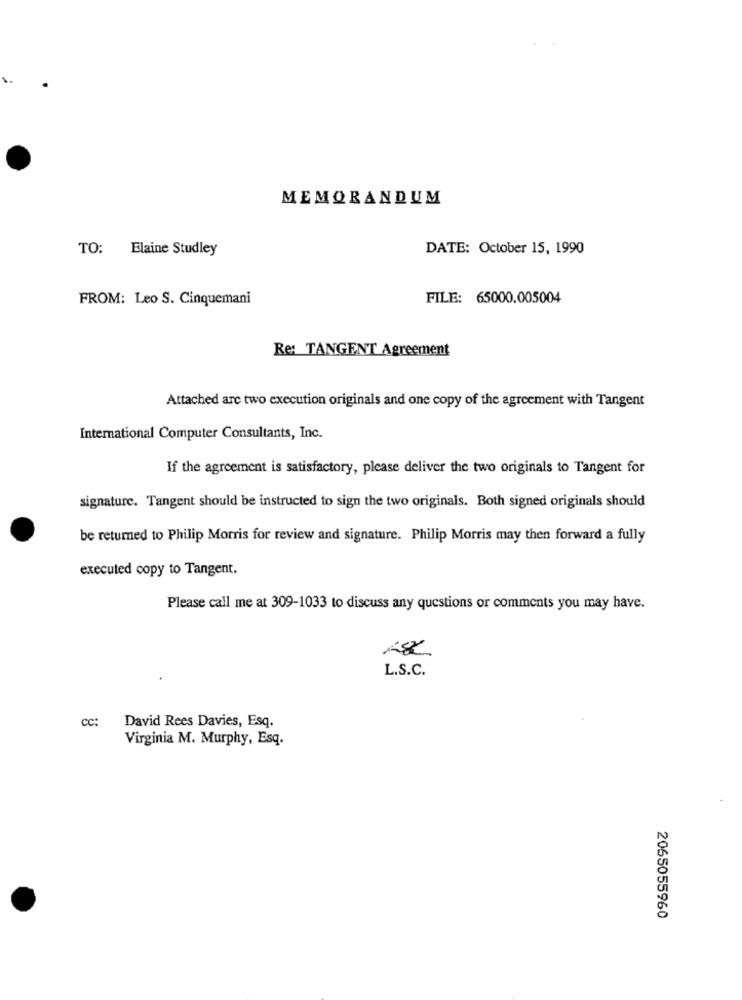
MEMORANDUM
TO: Elaine Studley
DATE: October 15, 1990
FROM: Leo S. Cinquemani
FILE: 65000.005004
Re: TANGENT Agreement
Attached arc two execution originals and one copy of the agreement with Tangent
International Computer Consultants, Inc.
If the agreement is satisfactory, please deliver the two originals to Tangent for
signature. Tangent should be instructed to sign the two originals. Both signed originals should
be returned to Philip Morris for review and signature. Philip Morris may then forward a fully
executed copy to Tangent.
Please call me at 309-1033 to discuss any questions or comments you may have.
L.S.C.
David Rees Davies, Esq.
CC:
Virginia M. Murphy, Esq.
2065055960